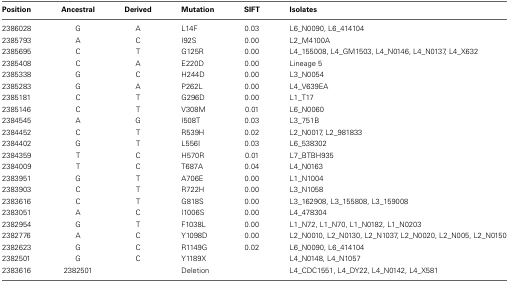
<table><thead><tr><td><b>Position</b></td><td><b>Ancestral</b></td><td><b>Derived</b></td><td><b>Mutation</b></td><td><b>SIFT</b></td><td><b>Isolates</b></td></tr></thead><tbody><tr><td>2386028</td><td>G</td><td>A</td><td>L14F</td><td>0.03</td><td>L6_N0090, L6_414104</td></tr><tr><td>2385793</td><td>A</td><td>C</td><td>I92S</td><td>0.00</td><td>L2_M4100A</td></tr><tr><td>2385695</td><td>C</td><td>T</td><td>G125R</td><td>0.00</td><td>L4_155008, L4_GM1503, L4_N0146, L4_N0137, L4_X632</td></tr><tr><td>2385408</td><td>C</td><td>A</td><td>E220D</td><td>0.00</td><td>Lineage 5</td></tr><tr><td>2385338</td><td>G</td><td>C</td><td>H244D</td><td>0.00</td><td>L3_N0054</td></tr><tr><td>2385283</td><td>G</td><td>A</td><td>P262L</td><td>0.00</td><td>L4_V639EA</td></tr><tr><td>2385181</td><td>C</td><td>T</td><td>G296D</td><td>0.00</td><td>L1_T17</td></tr><tr><td>2385146</td><td>C</td><td>T</td><td>V308M</td><td>0.01</td><td>L6_N0060</td></tr><tr><td>2384545</td><td>A</td><td>G</td><td>I508T</td><td>0.03</td><td>L3_751B</td></tr><tr><td>2384452</td><td>C</td><td>T</td><td>R539H</td><td>0.02</td><td>L2_N0017, L2_981833</td></tr><tr><td>2384402</td><td>G</td><td>T</td><td>L556I</td><td>0.03</td><td>L6_538302</td></tr><tr><td>2384359</td><td>T</td><td>C</td><td>H570R</td><td>0.01</td><td>L7_BTBH935</td></tr><tr><td>2384009</td><td>T</td><td>C</td><td>T687A</td><td>0.04</td><td>L4_N0163</td></tr><tr><td>2383951</td><td>G</td><td>T</td><td>A706E</td><td>0.00</td><td>L1_N1004</td></tr><tr><td>2383903</td><td>C</td><td>T</td><td>R722H</td><td>0.00</td><td>L3_N1058</td></tr><tr><td>2383616</td><td>C</td><td>T</td><td>G818S</td><td>0.00</td><td>L3_162908, L3_155808, L3_159008</td></tr><tr><td>2383051</td><td>A</td><td>C</td><td>I1006S</td><td>0.00</td><td>L4_478304</td></tr><tr><td>2382954</td><td>G</td><td>T</td><td>F1038L</td><td>0.00</td><td>L1_N72, L1_N70, L1_N0182, L1_N0203</td></tr><tr><td>2382776</td><td>A</td><td>C</td><td>Y1098D</td><td>0.00</td><td>L2_N0010, L2_N0130, L2_N1037, L2_N0020, L2_N005, L2_N0150</td></tr><tr><td>2382623</td><td>G</td><td>C</td><td>R1149G</td><td>0.02</td><td>L6_N0090, L6_414104</td></tr><tr><td>2382501</td><td>G</td><td>C</td><td>Y1189X</td><td></td><td>L4_N0148, L4_N1057</td></tr><tr><td>2383616</td><td>2382501</td><td></td><td>Deletion</td><td></td><td>L4_CDC1551, L4_DY22, L4_N0142, L4_X581</td></tr></tbody></table>